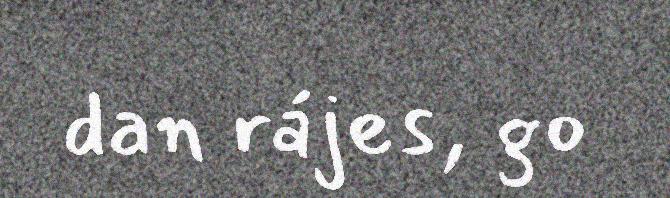
dan rájes, go